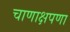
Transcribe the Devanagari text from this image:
चाणाक्षपणा